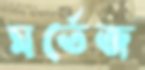
মর্তেজ